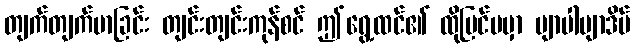
တျက်တျက်မာခြင်း တျင်းတျင်းကုန်စင် ဤရွေ့ထင်၏ ထိုပြင်ဗမှာ ဗျာပါဗျာဒိပ်